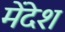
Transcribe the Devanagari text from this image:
मेंदेश